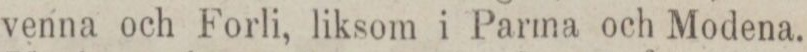
venna och Forli, liksom i Parma och Modena.